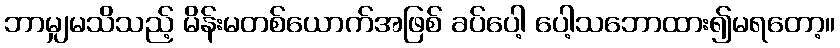
ဘာမျှမသိသည့် မိန်းမတစ်ယောက်အဖြစ် ခပ်ပေါ့ ပေါ့သဘောထား၍မရတော့။